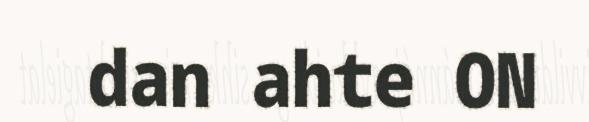
dan ahte ON